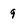
Character: 9